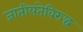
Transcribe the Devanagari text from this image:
जातीयतेविरुद्ध